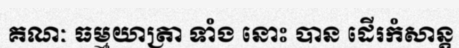
គណៈ ធម្មយាត្រា ទាំង នោះ បាន ដើរកំសាន្ត